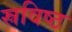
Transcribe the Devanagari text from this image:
स्रविष्ठ